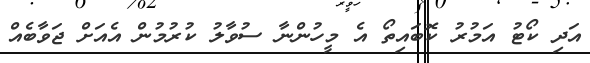
އަދި ކޯޓު އަމުރު ކޮބައިތޯ އެ މީހުންނާ ސުވާލު ކުރުމުން އެއަށް ޖަވާބެއް